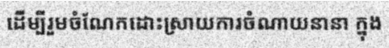
ដើម្បីរួមចំណែកដោះស្រាយការចំណាយនានា ក្នុង